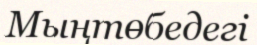
Мыңтөбедегі